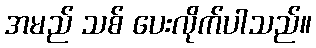
အမည် သစ် ပေးလိုက်ပါသည်။